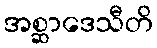
အစ္ဆာဒေသီတိ